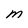
Character: M